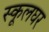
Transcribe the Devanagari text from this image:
स्कूलघर